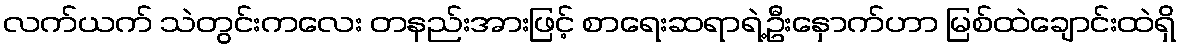
လက်ယက် သဲတွင်းကလေး တနည်းအားဖြင့် စာရေးဆရာရဲ့ဦးနှောက်ဟာ မြစ်ထဲချောင်းထဲရှိ